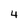
Character: 4